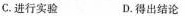
C.进行实验 D.得出结论